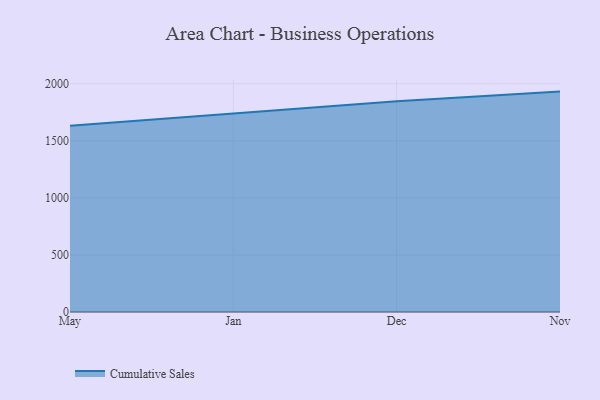
{"axis": {"x": "Month", "y": "Population (Million)"}, "legend": ["Cumulative Sales"], "data": [{"x": "May", "y": 1632.9, "type": "Cumulative Sales"}, {"x": "Jan", "y": 1738.6, "type": "Cumulative Sales"}, {"x": "Dec", "y": 1846.4, "type": "Cumulative Sales"}, {"x": "Nov", "y": 1931.4, "type": "Cumulative Sales"}]}